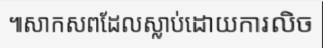
៕សាកសពដែលស្លាប់ដោយការលិច